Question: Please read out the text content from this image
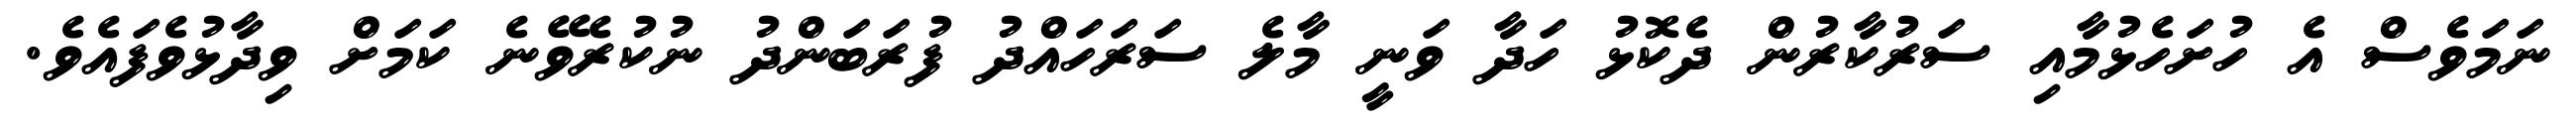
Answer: ނަމަވެސް އެ ހުށަހެޅުމާއި ސަރުކާރުން ދެކޮޅު ހަދާ ވަނީ މާލެ ސަރަހައްދު ފުރަބަންދު ނުކުރެވޭނެ ކަމަށް ވިދާޅުވެފައެވެ.